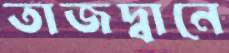
তাজদ্বানে